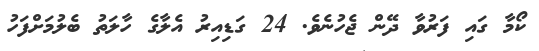
ކޯމާ ގައި ފަރުވާ ދޭން ޖެހުނެވެ. 24 ގަޑިއިރު އެލާގެ ހާލަތު ބެލުމަށްފަހު